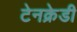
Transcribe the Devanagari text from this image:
टेनक्रेडी